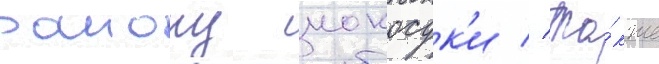
раиону иокосук'и // Та́кже